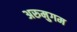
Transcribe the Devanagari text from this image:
अरुमुगम